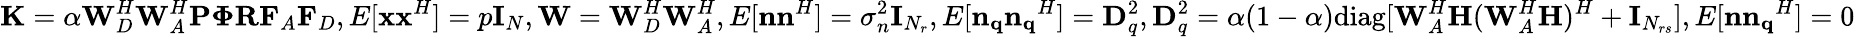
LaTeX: {\mathbf{K}}=\alpha\mathbf{W}_{D}^{H}\mathbf{W}_{A}^{H}\mathbf{P}\mathbf{\Phi}\mathbf{R}\mathbf{F}_{A}\mathbf{F}_{D},E[{\mathbf{x}}{\mathbf{x}}^{H}]=p{\mathbf{I}_{N}},\mathbf{W}=\mathbf{W}_{D}^{H}\mathbf{W}_{A}^{H},E[{\mathbf{n}}{\mathbf{n}}^{H}]={\sigma_{n}^{2}}{\mathbf{I}_{N_{r}}},E[{\mathbf{n_{q}}}{\mathbf{n_{q}}}^{H}]=\mathbf{D}_{q}^{2},\mathbf{D}_{q}^{2}=\alpha(1-\alpha){\mathrm{diag}}[{\mathbf{W}_{A}^{H}}{\mathbf{H}}({\mathbf{W}_{A}^{H}}{\mathbf{H}})^{H}+{\mathbf{I}_{N_{rs}}}],E[{\mathbf{n}}{\mathbf{n_{q}}}^{H}]=0